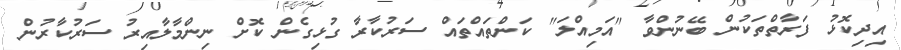
އިދިކޮޅު ފަރާތްތަކުން ބޭނުންވާ "އަމިއްލަ" ކަންތައްތައް ސަރުކާރާ ގުޅިގެން ކޮށް ނިންމާލާއިރު ސަރުކާރުން